Civil Veterinary Department Bihar & Orissa reports 1929-36 - 1929-1936
Year: 1929
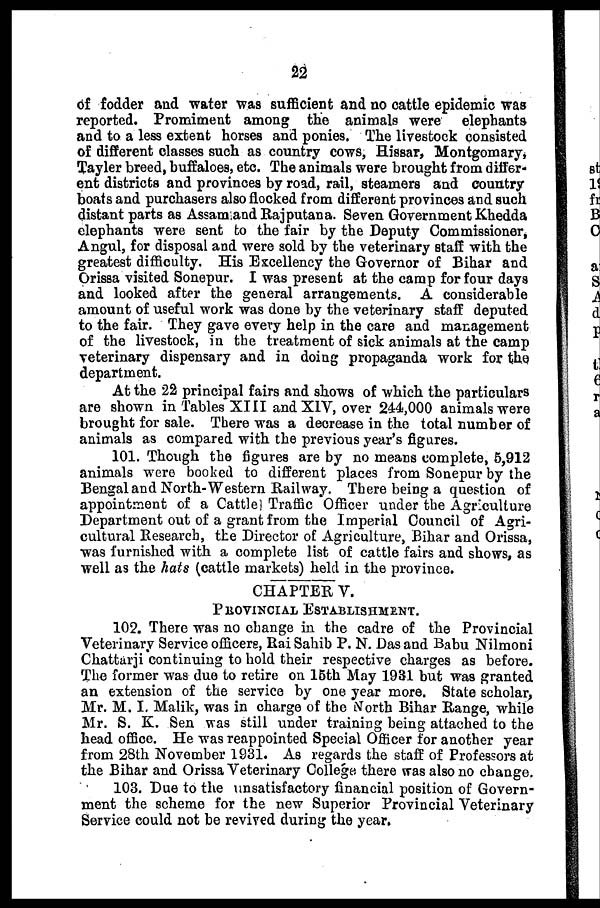
22
of fodder and water was sufficient and no cattle epidemic was
reported. Promiment among the animals were elephants
and to a less extent horses and ponies. The livestock consisted
of different classes such as country cows, Hissar, Montgomary,
Tayler breed, buffaloes, etc. The animals were brought from differ-
ent districts and provinces by road, rail, steamers and country
boats and purchasers also flocked from different provinces and such
distant parts as Assam and Rajputana. Seven Government Khedda
elephants were sent to the fair by the Deputy Commissioner,
Angul, for disposal and were sold by the veterinary staff with the
greatest difficulty. His Excellency the Governor of Bihar and
Orissa visited Sonepur. I was present at the camp for four days
and looked after the general arrangements. A considerable
amount of useful work was done by the veterinary staff deputed
to the fair. They gave every help in the care and management
of the livestock, in the treatment of sick animals at the camp
veterinary dispensary and in doing propaganda work for the
department.
At the 22 principal fairs and shows of which the particulars
are shown in Tables XIII and XIV, over 244,000 animals were
brought for sale. There was a decrease in the total number of
animals as compared with the previous year's figures.
101. Though the figures are by no means complete, 5,912
animals were booked to different places from Sonepur by the
Bengal and North-Western Bail way. There being a question of
appointment of a Cattle] Traffic Officer under the Agriculture
Department out of a grant from the Imperial Council of Agri-
cultural Research, the Director of Agriculture, Bihar and Orissa,
was furnished with a complete list of cattle fairs and shows, as
well as the hats (cattle markets) held in the province.
CHAPTER V.
PROVINCIAL ESTABLISHMENT.
102. There Was no change in the cadre of the Provincial
Veterinary Service officers, Rai Sahib P. N. Das and Babu Nilmoni
Chattarji continuing to hold their respective charges as before.
The former was due to retire on 15th May 1931 but was granted
an extension of the service by one year more. State scholar,
Mr. M. I. Malik, was in charge of the North Bihar Range, while
Mr. S. K. Sen was still under training being attached to the
head office. He was reappointed Special Officer for another year
from 28th November 1931. As regards the staff of Professors at
the Bihar and Orissa Veterinary College there was also no change.
103. Due to the unsatisfactory financial position of Govern-
ment the scheme for the new Superior Provincial Veterinary
Service could not be revived during the year»